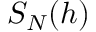
S _ { N } ( h )